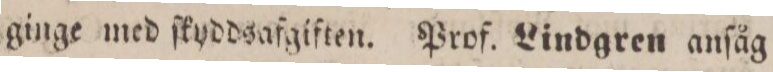
ginge med ſkyddsafgiften. Prof. Lindgren anſåg